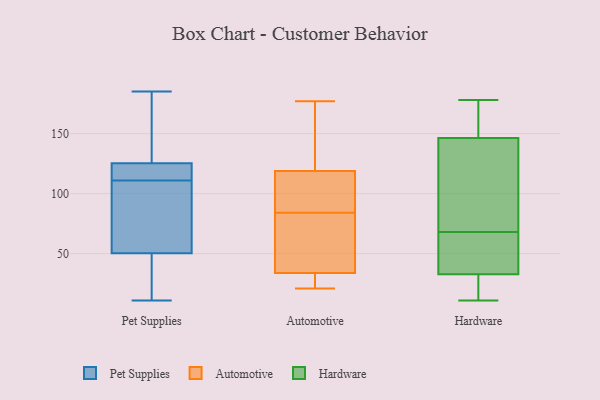
{"axis": {"x": "Energy Usage (MWh)", "y": "Value"}, "legend": ["Automotive", "Hardware", "Pet Supplies"], "data": [{"x": "", "y": 99, "type": "Pet Supplies"}, {"x": "", "y": 76, "type": "Pet Supplies"}, {"x": "", "y": 11, "type": "Pet Supplies"}, {"x": "", "y": 47, "type": "Pet Supplies"}, {"x": "", "y": 41, "type": "Pet Supplies"}, {"x": "", "y": 126, "type": "Pet Supplies"}, {"x": "", "y": 121, "type": "Pet Supplies"}, {"x": "", "y": 116, "type": "Pet Supplies"}, {"x": "", "y": 116, "type": "Pet Supplies"}, {"x": "", "y": 179, "type": "Pet Supplies"}, {"x": "", "y": 60, "type": "Pet Supplies"}, {"x": "", "y": 172, "type": "Pet Supplies"}, {"x": "", "y": 123, "type": "Pet Supplies"}, {"x": "", "y": 60, "type": "Pet Supplies"}, {"x": "", "y": 143, "type": "Pet Supplies"}, {"x": "", "y": 185, "type": "Pet Supplies"}, {"x": "", "y": 32, "type": "Pet Supplies"}, {"x": "", "y": 111, "type": "Pet Supplies"}, {"x": "", "y": 32, "type": "Pet Supplies"}, {"x": "", "y": 89, "type": "Automotive"}, {"x": "", "y": 91, "type": "Automotive"}, {"x": "", "y": 153, "type": "Automotive"}, {"x": "", "y": 155, "type": "Automotive"}, {"x": "", "y": 84, "type": "Automotive"}, {"x": "", "y": 102, "type": "Automotive"}, {"x": "", "y": 36, "type": "Automotive"}, {"x": "", "y": 39, "type": "Automotive"}, {"x": "", "y": 23, "type": "Automotive"}, {"x": "", "y": 33, "type": "Automotive"}, {"x": "", "y": 177, "type": "Automotive"}, {"x": "", "y": 153, "type": "Automotive"}, {"x": "", "y": 69, "type": "Automotive"}, {"x": "", "y": 124, "type": "Automotive"}, {"x": "", "y": 21, "type": "Automotive"}, {"x": "", "y": 103, "type": "Automotive"}, {"x": "", "y": 69, "type": "Automotive"}, {"x": "", "y": 30, "type": "Automotive"}, {"x": "", "y": 21, "type": "Automotive"}, {"x": "", "y": 163, "type": "Hardware"}, {"x": "", "y": 50, "type": "Hardware"}, {"x": "", "y": 164, "type": "Hardware"}, {"x": "", "y": 11, "type": "Hardware"}, {"x": "", "y": 30, "type": "Hardware"}, {"x": "", "y": 41, "type": "Hardware"}, {"x": "", "y": 68, "type": "Hardware"}, {"x": "", "y": 150, "type": "Hardware"}, {"x": "", "y": 135, "type": "Hardware"}, {"x": "", "y": 122, "type": "Hardware"}, {"x": "", "y": 28, "type": "Hardware"}, {"x": "", "y": 45, "type": "Hardware"}, {"x": "", "y": 178, "type": "Hardware"}, {"x": "", "y": 86, "type": "Hardware"}, {"x": "", "y": 20, "type": "Hardware"}]}